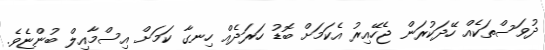
ދުވަސްތަކެއް ހޭދަކުރަން ޖެހޭއިރު އެކަމަށް ބޮޑު ހަރަދެއް ހިނގާ ކަމަށް އިސްމާއިލް ބުންޏެވެ.